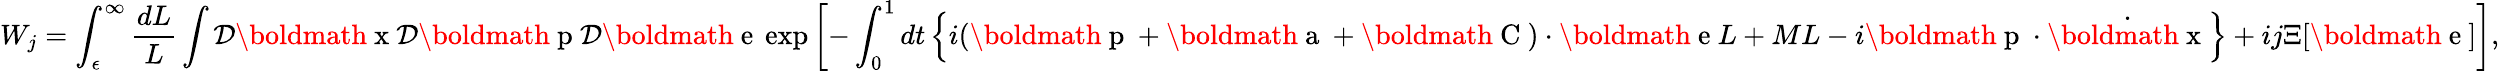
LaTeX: W_{j}=\int_{\epsilon}^{\infty}\frac{dL}{L}\int{\cal D}{\mathrm{\boldmath~x~}}{\cal D}{\mathrm{\boldmath~p~}}{\cal D}{\mathrm{\boldmath~e~}}\exp\left[-\int_{0}^{1}dt\left\{ i({\mathrm{\boldmath~p~}}+{\mathrm{\boldmath~a~}}+{\mathrm{\boldmath~C~}})\cdot{\mathrm{\boldmath~e~}}L+ML-i{\mathrm{\boldmath~p~}}\cdot\dot{{\mathrm{\boldmath~x~}}}\right\} +ij\Xi[{\mathrm{\boldmath~e~}}]\right],